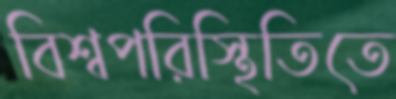
বিশ্বপরিস্থিতিতে